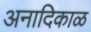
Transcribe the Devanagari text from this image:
अनादिकाळ